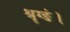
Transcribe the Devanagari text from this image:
श्रृग्ङं।